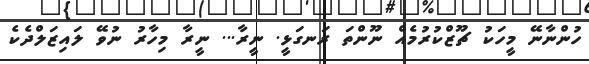
ހުންނާނޭ މީހަކު ޗޫޒްކުރުމެއް ނޫންތަ ރަނގަޅީ. ނީރާ... ނީރާ މިހާރު ނުވޭ ލައިޒަލްދެކެ